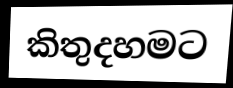
කිතුදහමට